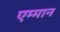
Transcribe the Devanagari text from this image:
एम्मान